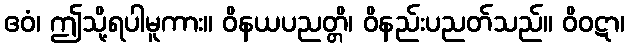
ဧဝံ၊ ဤသို့ရပါမူကား။ ဝိနယပညတ္တိ၊ ဝိနည်းပညတ်သည်။ ဝိဝဋာ၊